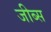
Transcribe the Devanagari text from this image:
जीब्स